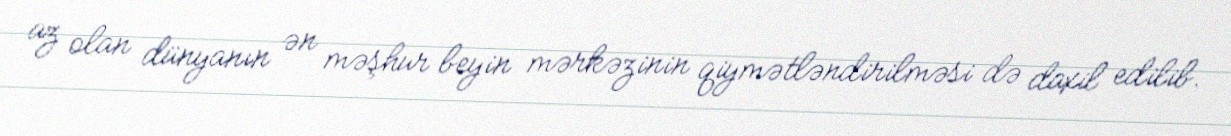
az olan dünyanın ən məşhur beyin mərkəzinin qiymətləndirilməsi də daxil edilib.